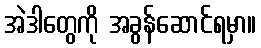
အဲဒါတွေကို အခွန်ဆောင်ရမှာ။